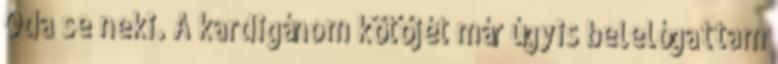
Oda se neki. A kardigánom kötőjét már úgyis belelógattam